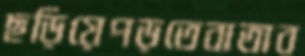
ছড়িয়েপড়তেবাতাব